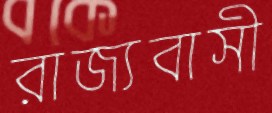
রাজ্যবাসী